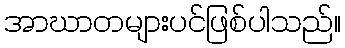
အာဃာတများပင်ဖြစ်ပါသည်။